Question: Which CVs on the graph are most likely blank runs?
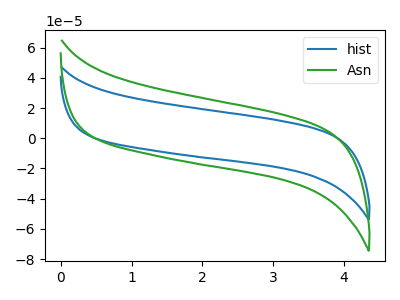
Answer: <think>The blue curve "hist" has no peaks. The green curve "Asn" has no peaks.</think>
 <answer>"hist" and "Asn" are likely to be blanks.</answer>
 <eval>"hist", "Asn"</eval>